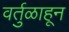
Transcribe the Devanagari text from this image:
वर्तुळाहून